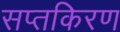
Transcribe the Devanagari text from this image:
सप्तकिरण